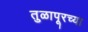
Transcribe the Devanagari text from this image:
तुळापूरच्या